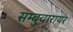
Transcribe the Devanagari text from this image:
सम्बुवारायर